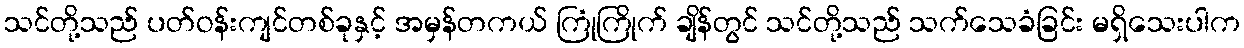
သင်တို့သည် ပတ်ဝန်းကျင်တစ်ခုနှင့် အမှန်တကယ် ကြုံကြိုက် ချိန်တွင် သင်တို့သည် သက်သေခံခြင်း မရှိသေးပါက